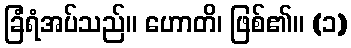
ခြံရံအပ်သည်။ ဟောတိ၊ ဖြစ်၏။ (၁)